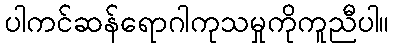
ပါကင်ဆန်ရောဂါကုသမှုကိုကူညီပါ။